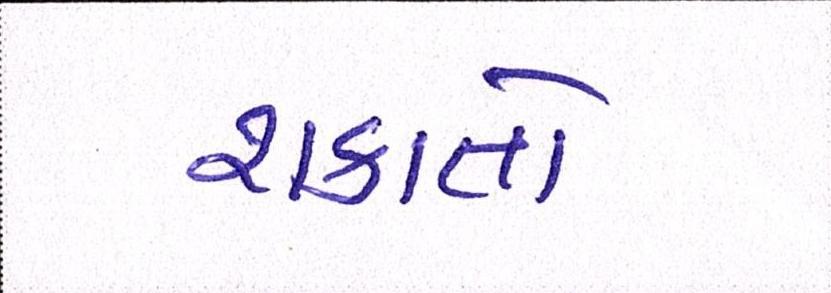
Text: શકાતો